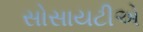
સોસાયટીએ